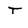
Character: T